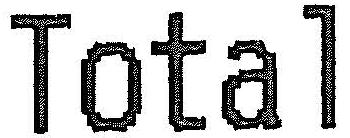
TOTAL